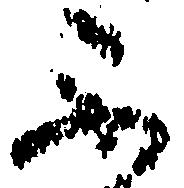
不